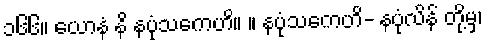
၁၆၆။ ယောနံ နိ နပုံသကေဟိ။ ။ နပုံသကေဟိ- နပုံလိန် တို့မှ၊